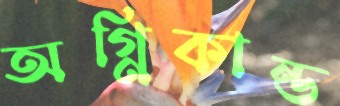
অগ্নিকান্ড